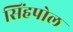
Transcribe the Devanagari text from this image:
सिंहपोल